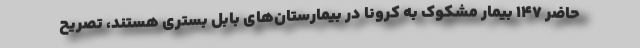
حاضر ۱۴۷ بیمار مشکوک به کرونا در بیمارستان‌های بابل بسترى هستند، تصریح